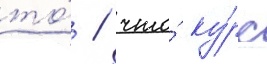
то́ / что́ ку́рс